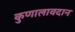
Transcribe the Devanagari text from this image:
कुणालावदान